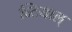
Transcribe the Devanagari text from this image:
घ्टियाल्